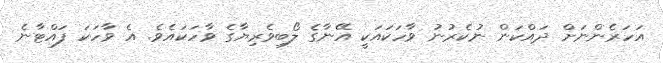
އަހަރެންނަށް ދައްކަން ނުކެރުނު ވާހަކައަކީ އޭނާގެ ލޯބިވެރިޔާގެ ވާހަކައެވެ. އެ ވާހަކަ ފައްޓާނެ